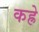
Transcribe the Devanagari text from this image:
कह्रे